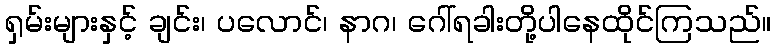
ရှမ်းများနှင့် ချင်း၊ ပလောင်၊ နာဂ၊ ဂေါ်ရခါးတို့ပါနေထိုင်ကြသည်။